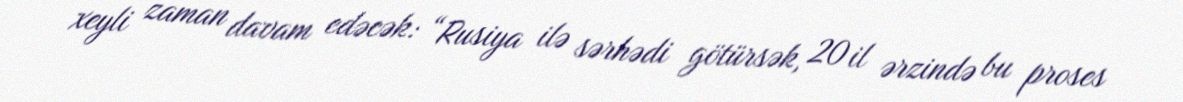
xeyli zaman davam edəcək: “Rusiya ilə sərhədi götürsək, 20 il ərzində bu proses